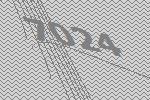
7024